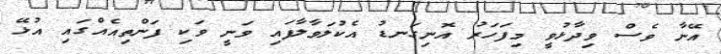
އޭނާ ވެސް ވިދާޅުވީ މިފަހަރު އޮނިގަނޑު އެކުލަވާލާފައި ވަނީ ވަކި ފަންތިއެއްގައި އުޅޭ